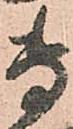
専